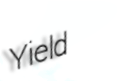
Yield